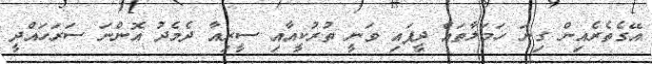
އޭގެތެރެއިން ގިނަ ހަމަލާތައް ދީފައި ވަނީ ތުރުކީއާއި ސީރިއާ ދެމެދު އޮންނަ ސަރަހައްދީ